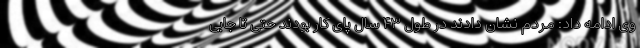
وی ادامه داد: مردم نشان دادند در طول ۴۳ سال پای کار بودند حتی تا جایی